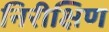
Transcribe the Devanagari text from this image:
निरीक्षिण